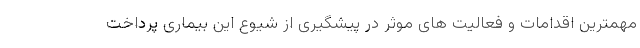
مهمترین اقدامات و فعالیت های موثر در پیشگیری از شیوع این بیماری پرداخت